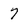
Character: 7